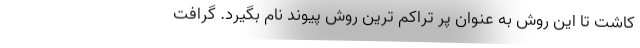
کاشت تا این روش به عنوان پر تراکم ترین روش پیوند نام بگیرد. گرافت